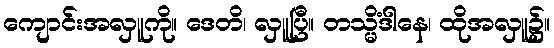
ကျောင်းအလှူကို။ ဒေတိ၊ လှူပြီ။ တသ္မိံဒါနေ၊ ထိုအလှူ၌။